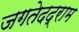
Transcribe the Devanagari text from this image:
जगतेदद्राम